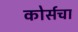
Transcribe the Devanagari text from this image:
कोर्सचा